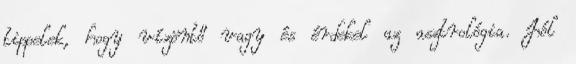
tippelek, hogy vízöntő vagy és érdekel az asztrológia. Jól